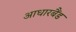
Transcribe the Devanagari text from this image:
आधारबैंड